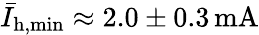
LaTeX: \bar{I}_{\mathrm{h,min}}\approx\mathrm{2.0\pm 0.3\, mA}